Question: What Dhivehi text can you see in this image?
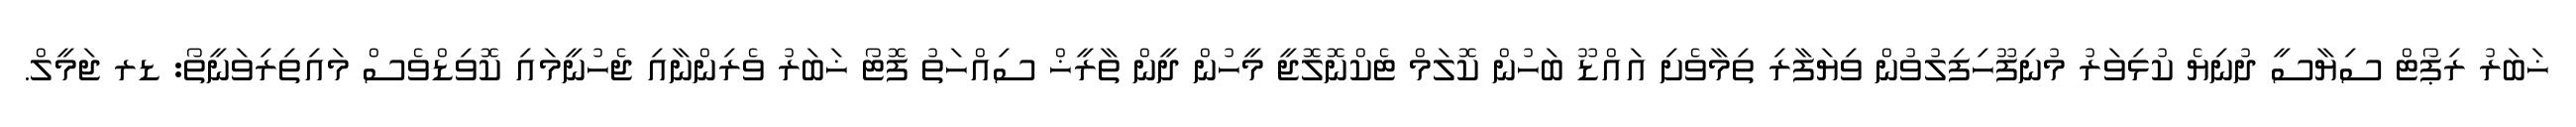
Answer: ޚަބަރު ރިޕޯޓް ސިޔާސީ ދުނިޔެ ކުޅިވަރު މުނިފޫހިފިލުވުން ވިޔަފާރި ތިމާވެށި އައްޑޫ ބަހުން ކޮލަމް ޓެކްނޮލޮޖީ މީހުން ދީން ތާރީޚް ސިއްހަތު ފޮޓޯ ޚަބަރު ވެރިންނާއި ޖެހުނީމައި ކޮވިޑްވެސް މައިތިރިވަނީތޯ: ޑރ ޖަމީލް.